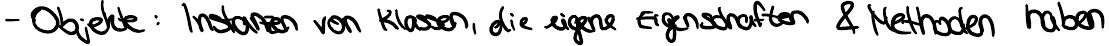
- Objekte : Instanzen von Klassen, die eigene Eigenschaften & Methoden haben